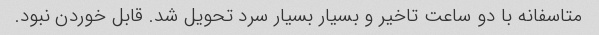
متاسفانه با دو ساعت تاخیر و بسیار بسیار سرد تحویل شد. قابل خوردن نبود.